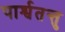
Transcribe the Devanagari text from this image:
पार्श्वतन्तु